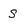
Character: s